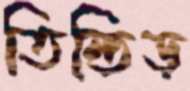
তিন্তিড়